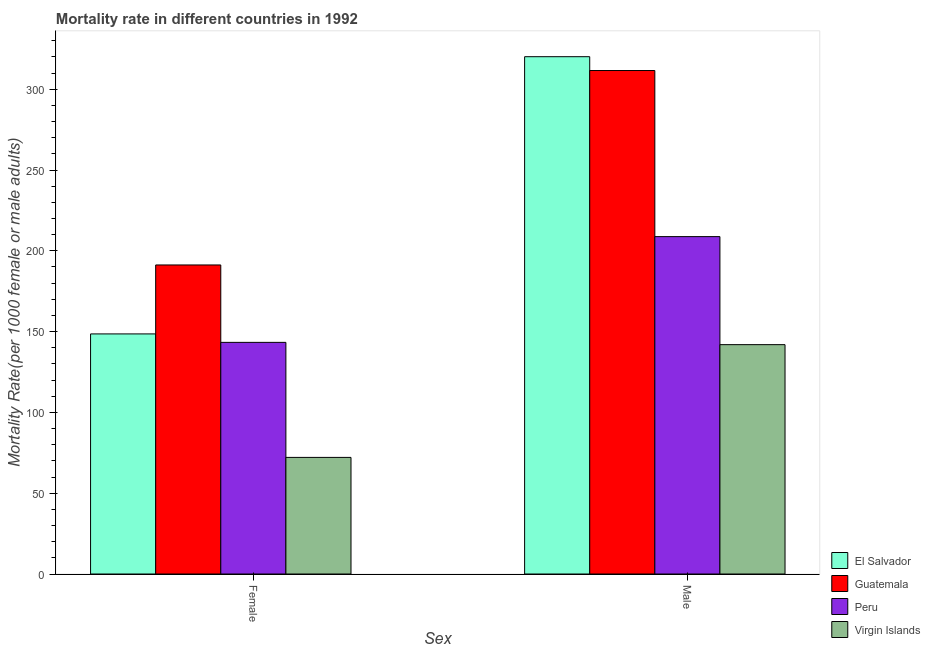
| Sex | El Salvador | Guatemala | Peru | Virgin Islands |
 | --- | --- | --- | --- | --- |
 | Female | 149 | 191 | 143 | 72.2 |
 | Male | 320 | 312 | 209 | 142 |